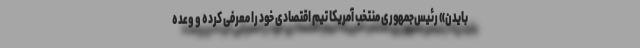
بایدن» رئیس‌جمهوری منتخب آمریکا تیم اقتصادی خود را معرفی کرده و وعده